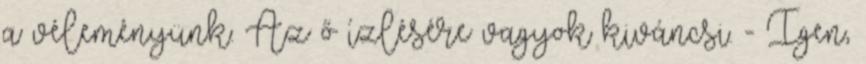
a véleményünk. Az ő ízlésére vagyok kiváncsi. - Igen,